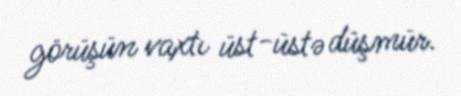
görüşün vaxtı üst-üstə düşmür.